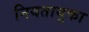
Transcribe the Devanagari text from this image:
नियतायुका